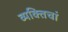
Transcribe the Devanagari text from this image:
व्यक्तिचां